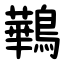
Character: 鷨